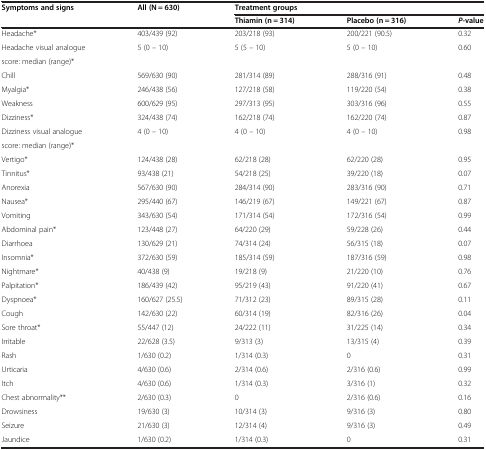
<table><thead><tr><td><b>Symptoms and signs</b></td><td><b>All (N = 630)</b></td><td colspan="3"><b>Treatment groups</b></td></tr><tr><td><b> </b></td><td><b> </b></td><td><b>Thiamin (n = 314)</b></td><td><b>Placebo (n = 316)</b></td><td><b><i>P</i>-value</b></td></tr></thead><tbody><tr><td>Headache*</td><td>403/439 (92)</td><td>203/218 (93)</td><td>200/221 (90.5)</td><td>0.32</td></tr><tr><td>Headache visual analogue</td><td>5 (0 – 10)</td><td>5 (5 – 10)</td><td>5 (0 – 10)</td><td>0.60</td></tr><tr><td>score: median (range)*</td><td> </td><td> </td><td> </td><td> </td></tr><tr><td>Chill</td><td>569/630 (90)</td><td>281/314 (89)</td><td>288/316 (91)</td><td>0.48</td></tr><tr><td>Myalgia*</td><td>246/438 (56)</td><td>127/218 (58)</td><td>119/220 (54)</td><td>0.38</td></tr><tr><td>Weakness</td><td>600/629 (95)</td><td>297/313 (95)</td><td>303/316 (96)</td><td>0.55</td></tr><tr><td>Dizziness*</td><td>324/438 (74)</td><td>162/218 (74)</td><td>162/220 (74)</td><td>0.87</td></tr><tr><td>Dizziness visual analogue</td><td>4 (0 – 10)</td><td>4 (0 – 10)</td><td>4 (0 – 10)</td><td>0.98</td></tr><tr><td>score: median (range)*</td><td> </td><td> </td><td> </td><td> </td></tr><tr><td>Vertigo*</td><td>124/438 (28)</td><td>62/218 (28)</td><td>62/220 (28)</td><td>0.95</td></tr><tr><td>Tinnitus*</td><td>93/438 (21)</td><td>54/218 (25)</td><td>39/220 (18)</td><td>0.07</td></tr><tr><td>Anorexia</td><td>567/630 (90)</td><td>284/314 (90)</td><td>283/316 (90)</td><td>0.71</td></tr><tr><td>Nausea*</td><td>295/440 (67)</td><td>146/219 (67)</td><td>149/221 (67)</td><td>0.87</td></tr><tr><td>Vomiting</td><td>343/630 (54)</td><td>171/314 (54)</td><td>172/316 (54)</td><td>0.99</td></tr><tr><td>Abdominal pain*</td><td>123/448 (27)</td><td>64/220 (29)</td><td>59/228 (26)</td><td>0.44</td></tr><tr><td>Diarrhoea</td><td>130/629 (21)</td><td>74/314 (24)</td><td>56/315 (18)</td><td>0.07</td></tr><tr><td>Insomnia*</td><td>372/630 (59)</td><td>185/314 (59)</td><td>187/316 (59)</td><td>0.98</td></tr><tr><td>Nightmare*</td><td>40/438 (9)</td><td>19/218 (9)</td><td>21/220 (10)</td><td>0.76</td></tr><tr><td>Palpitation*</td><td>186/439 (42)</td><td>95/219 (43)</td><td>91/220 (41)</td><td>0.67</td></tr><tr><td>Dyspnoea*</td><td>160/627 (25.5)</td><td>71/312 (23)</td><td>89/315 (28)</td><td>0.11</td></tr><tr><td>Cough</td><td>142/630 (22)</td><td>60/314 (19)</td><td>82/316 (26)</td><td>0.04</td></tr><tr><td>Sore throat*</td><td>55/447 (12)</td><td>24/222 (11)</td><td>31/225 (14)</td><td>0.34</td></tr><tr><td>Irritable</td><td>22/628 (3.5)</td><td>9/313 (3)</td><td>13/315 (4)</td><td>0.39</td></tr><tr><td>Rash</td><td>1/630 (0.2)</td><td>1/314 (0.3)</td><td>0</td><td>0.31</td></tr><tr><td>Urticaria</td><td>4/630 (0.6)</td><td>2/314 (0.6)</td><td>2/316 (0.6)</td><td>0.99</td></tr><tr><td>Itch</td><td>4/630 (0.6)</td><td>1/314 (0.3)</td><td>3/316 (1)</td><td>0.32</td></tr><tr><td>Chest abnormality**</td><td>2/630 (0.3)</td><td>0</td><td>2/316 (0.6)</td><td>0.16</td></tr><tr><td>Drowsiness</td><td>19/630 (3)</td><td>10/314 (3)</td><td>9/316 (3)</td><td>0.80</td></tr><tr><td>Seizure</td><td>21/630 (3)</td><td>12/314 (4)</td><td>9/316 (3)</td><td>0.49</td></tr><tr><td>Jaundice</td><td>1/630 (0.2)</td><td>1/314 (0.3)</td><td>0</td><td>0.31</td></tr></tbody></table>